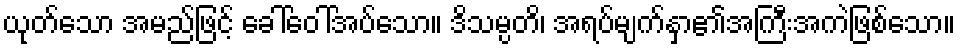
ယုတ်သော အမည်ဖြင့် ခေါ်ဝေါ်အပ်သော။ ဒိသမ္ပတိ၊ အရပ်မျက်နှာ၏အကြီးအကဲဖြစ်သော။